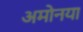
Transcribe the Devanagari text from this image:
अमोनया